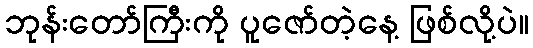
ဘုန်းတော်ကြီးကို ပူဇော်တဲ့နေ့ ဖြစ်လို့ပဲ။